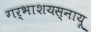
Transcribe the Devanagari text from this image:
गर्भाशयस्नायू